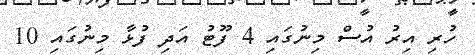
ހުރި އިރު އުސް މިނުގައި 4 ފޫޓު އަދި ފުޅާ މިނުގައި 10